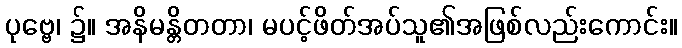
ပုဗ္ဗေ၊ ၌။ အနိမန္တိတတာ၊ မပင့်ဖိတ်အပ်သူ၏အဖြစ်လည်းကောင်း။